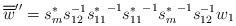
LaTeX: \begin{align*}\overline{\overline{w}}''=s^*_m s^{-1}_{12} {s^*_{11}}^{-1} {s^*_{11}}^{-1} {s^*_m}^{-1} s^{-1}_{12} w_1\end{align*}